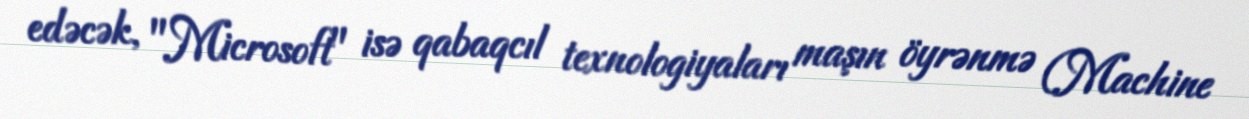
edəcək, "Microsoft" isə qabaqcıl texnologiyaları maşın öyrənmə (Machine